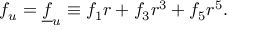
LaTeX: f _ { u } = \underline { { { f } } } _ { u } \equiv f _ { 1 } r + f _ { 3 } r ^ { 3 } + f _ { 5 } r ^ { 5 } .